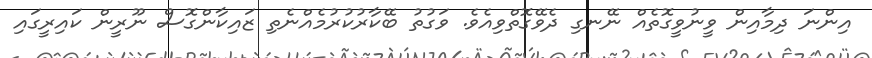
އިންނަ ދިމާއިން ވީނުވީގޮތެއް ނޭނގި ދެވޭގޮތްވިއެވެ. ވަގުތު ބޭކާރުކުރުމެއްނެތި ޒައިކާންގޮސް ނޫރީން ކައިރީގައި